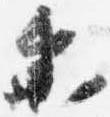
参